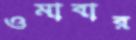
ওমাবার